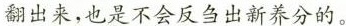
翻出来，也是不会反刍出新养分的。